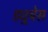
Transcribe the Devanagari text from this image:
ड्युचेस